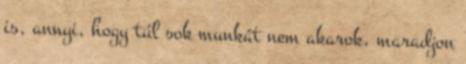
is, annyi, hogy túl sok munkát nem akarok, maradjon